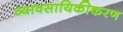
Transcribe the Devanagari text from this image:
व्यावसायिकीकरण